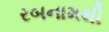
રબનામથી